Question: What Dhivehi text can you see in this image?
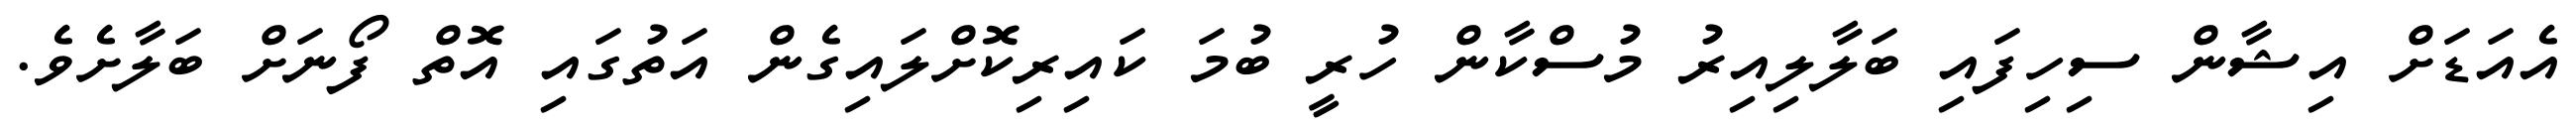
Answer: އެއަޑަށް އިޝާން ސިހިފައި ބަލާލިއިރު މުސްކާން ހުރީ ބުމަ ކައިރިކޮށްލައިގެން އަތުގައި އޮތް ފޯނަށް ބަލާށެވެ.